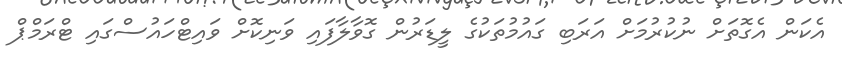
އެކަން އެގޮތަށް ނުކުރުމަށް އަރަބި ގައުމުތަކުގެ ލީޑަރުން ގޮވާލާފައި ވަނިކޮށް ވައިޓްހައުސްގައި ޓްރަމްޕް